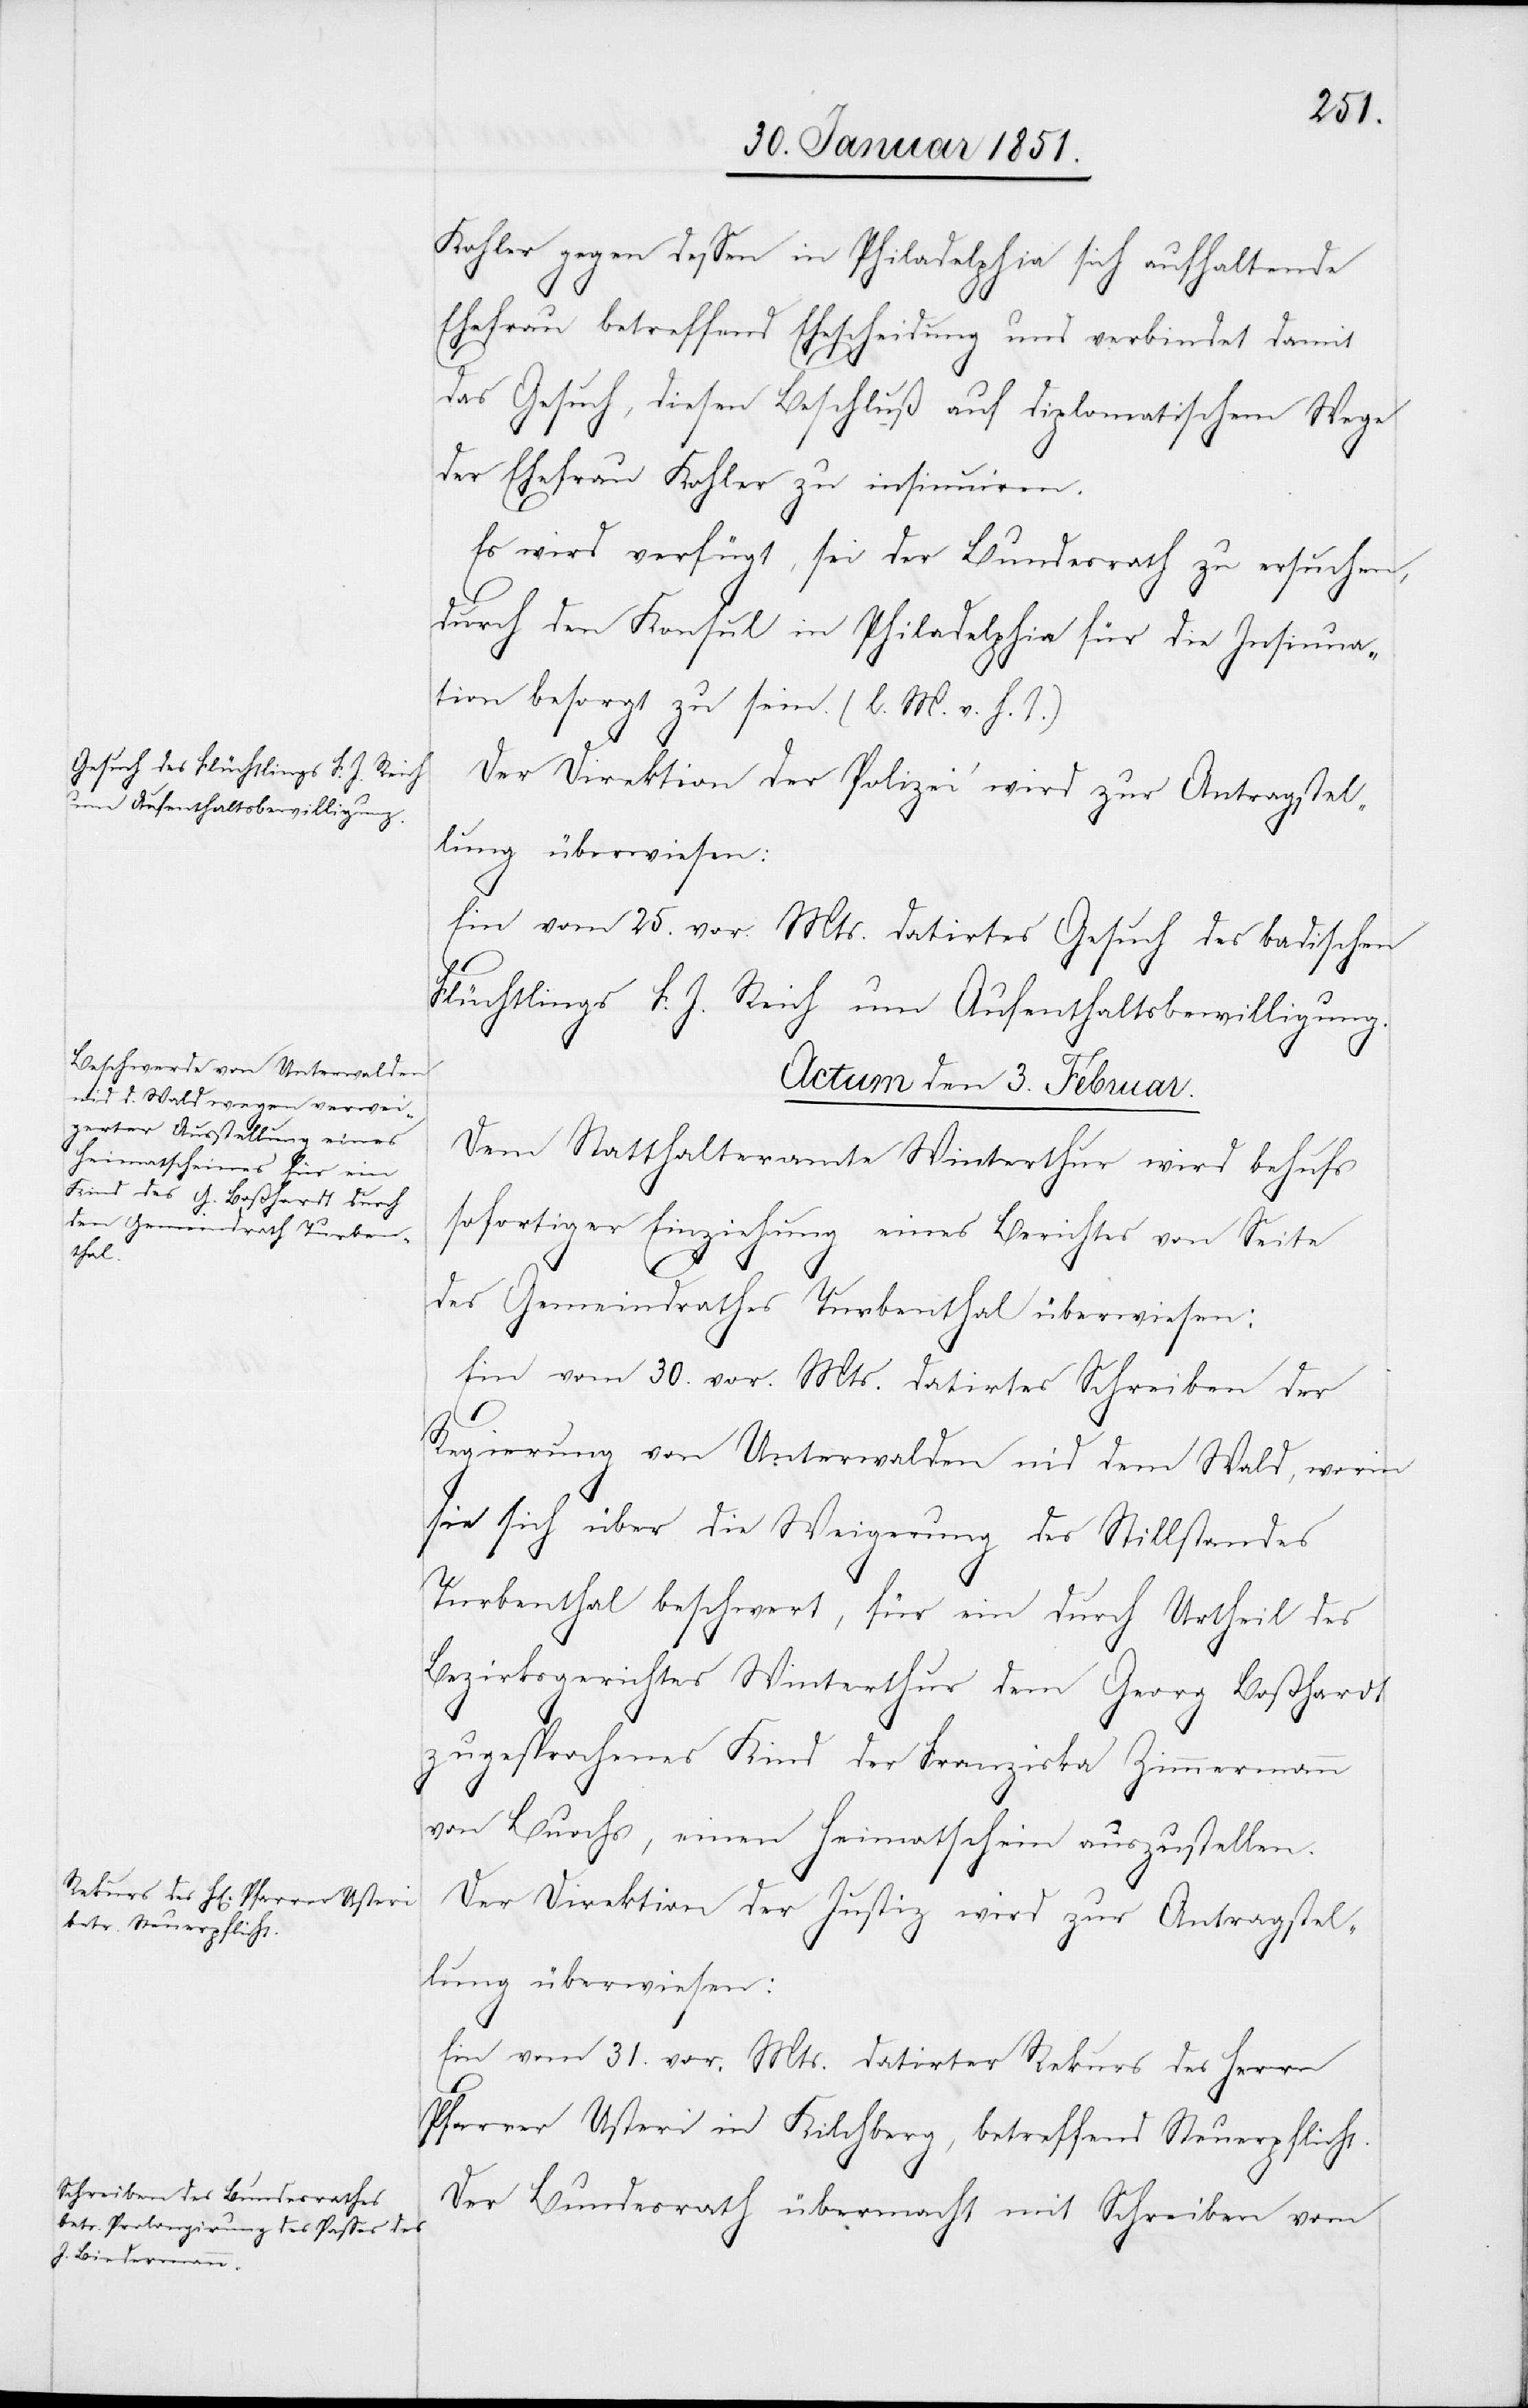
Kohler gegen dessen in Philadelphia sich aufhaltende
Ehefrau betreffend Ehescheidung und verbindet damit
das Gesuch, diesen Beschluß auf diplomatischem Wege
der Ehefrau Kohler zu insinuiren.
Es wird verfügt, sei der Bundesrath zu ersuchen,
durch den Konsul in Philadelphia für die Insinua¬
tion besorgt zu sein. (l. M. v. h. T.)
Der Direktion der Polizei wird zur Antragstel¬
lung überwiesen:
Ein vom 25. vor. Mts. datirtes Gesuch des badischen
Flüchtlings F. J. Reich um Aufenthaltsbewilligung.
Actum den 3. Februar.]
Dem Statthalteramte Winterthur wird behufs
sofortiger Einziehung eines Berichtes von Seite
des Gemeindrathes Turbenthal überwiesen:
Ein vom 30. vor. Mts. datirtes Schreiben der
Regierung von Unterwalden nid dem Wald, worin
sie sich über die Weigerung des Stillstandes
Turbenthal beschwert, für ein durch Urtheil des
Bezirksgerichtes Winterthur dem Georg Boßhardt
zugesprochenes Kind der Franziska Zimmermann
von Buochs, einen Heimatschein auszustellen.
Der Direktion der Justiz wird zur Antragstel¬
lung überwiesen:
Ein vom 31. vor. Mts. datirter Rekurs des Herrn
Pfarrer Usteri in Kilchberg, betreffend Steuerpflicht.
Der Bundesrath übermacht mit Schreiben vom